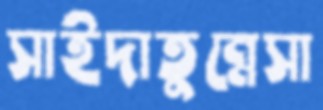
সাইদাতুন্নেসা